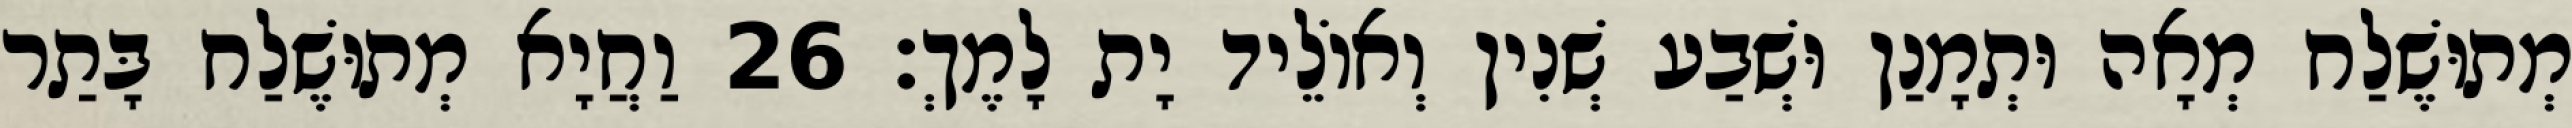
מְתוּשֶׁלַח מְאָה וּתְמָנַן וּשְׁבַע שְׁנִין וְאוֹלֵיד יָת לָמֶךְ׃ 26 וַחֲיָא מְתוּשֶׁלַח בָּתַר